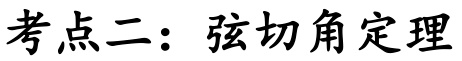
考点二：弦切角定理